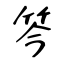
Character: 笒